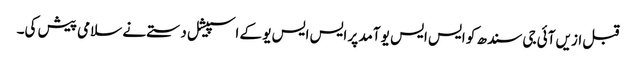
قبل ازیں آئی جی سندھ کو ایس ایس یو آمد پر ایس ایس یو کے اسپیشل دستے نے سلامی پیش کی۔